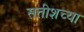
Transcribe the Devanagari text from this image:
सतीशच्या